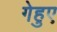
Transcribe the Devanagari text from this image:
गेहुए